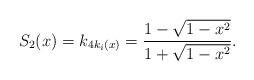
LaTeX: \begin{align*}S_2(x)=k_{4k_i(x)}=\frac{1-\sqrt{1-x^2}}{1+\sqrt{1-x^2}}.\end{align*}